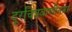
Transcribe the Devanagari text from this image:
दूरचित्रवाणीनवर